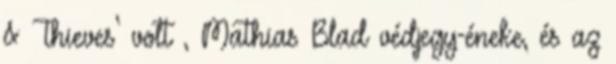
& Thieves’ volt , Mathias Blad védjegy-éneke, és az